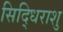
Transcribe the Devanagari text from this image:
सिद्धिराशु